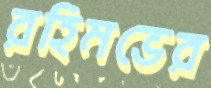
রহিমভের